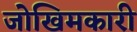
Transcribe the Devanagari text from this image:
जोखिमकारी